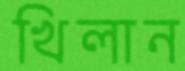
খিলান